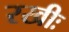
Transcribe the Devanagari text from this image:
रखीः